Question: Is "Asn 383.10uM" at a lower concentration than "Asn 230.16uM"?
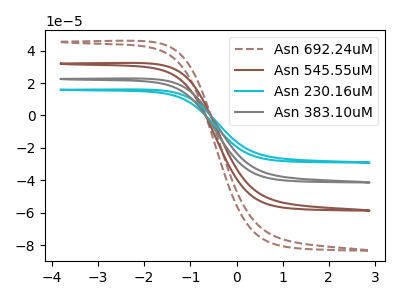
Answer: <think>The brown dashed curve "Asn 692.24uM" has no peaks. The brown curve "Asn 545.55uM" has no peaks. The cyan curve "Asn 230.16uM" has no peaks. The gray curve "Asn 383.10uM" has no peaks.
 Neither "Asn 230.16uM" or "Asn 383.10uM" have any peaks.</think>
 <answer>I cant tell if "Asn 230.16uM" or "Asn 383.10uM" has higher concentration.</answer>
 <eval>mixed_concentration</eval>